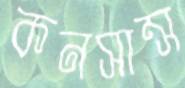
কনসান্স